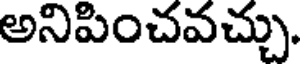
అనిపించవచ్చు.